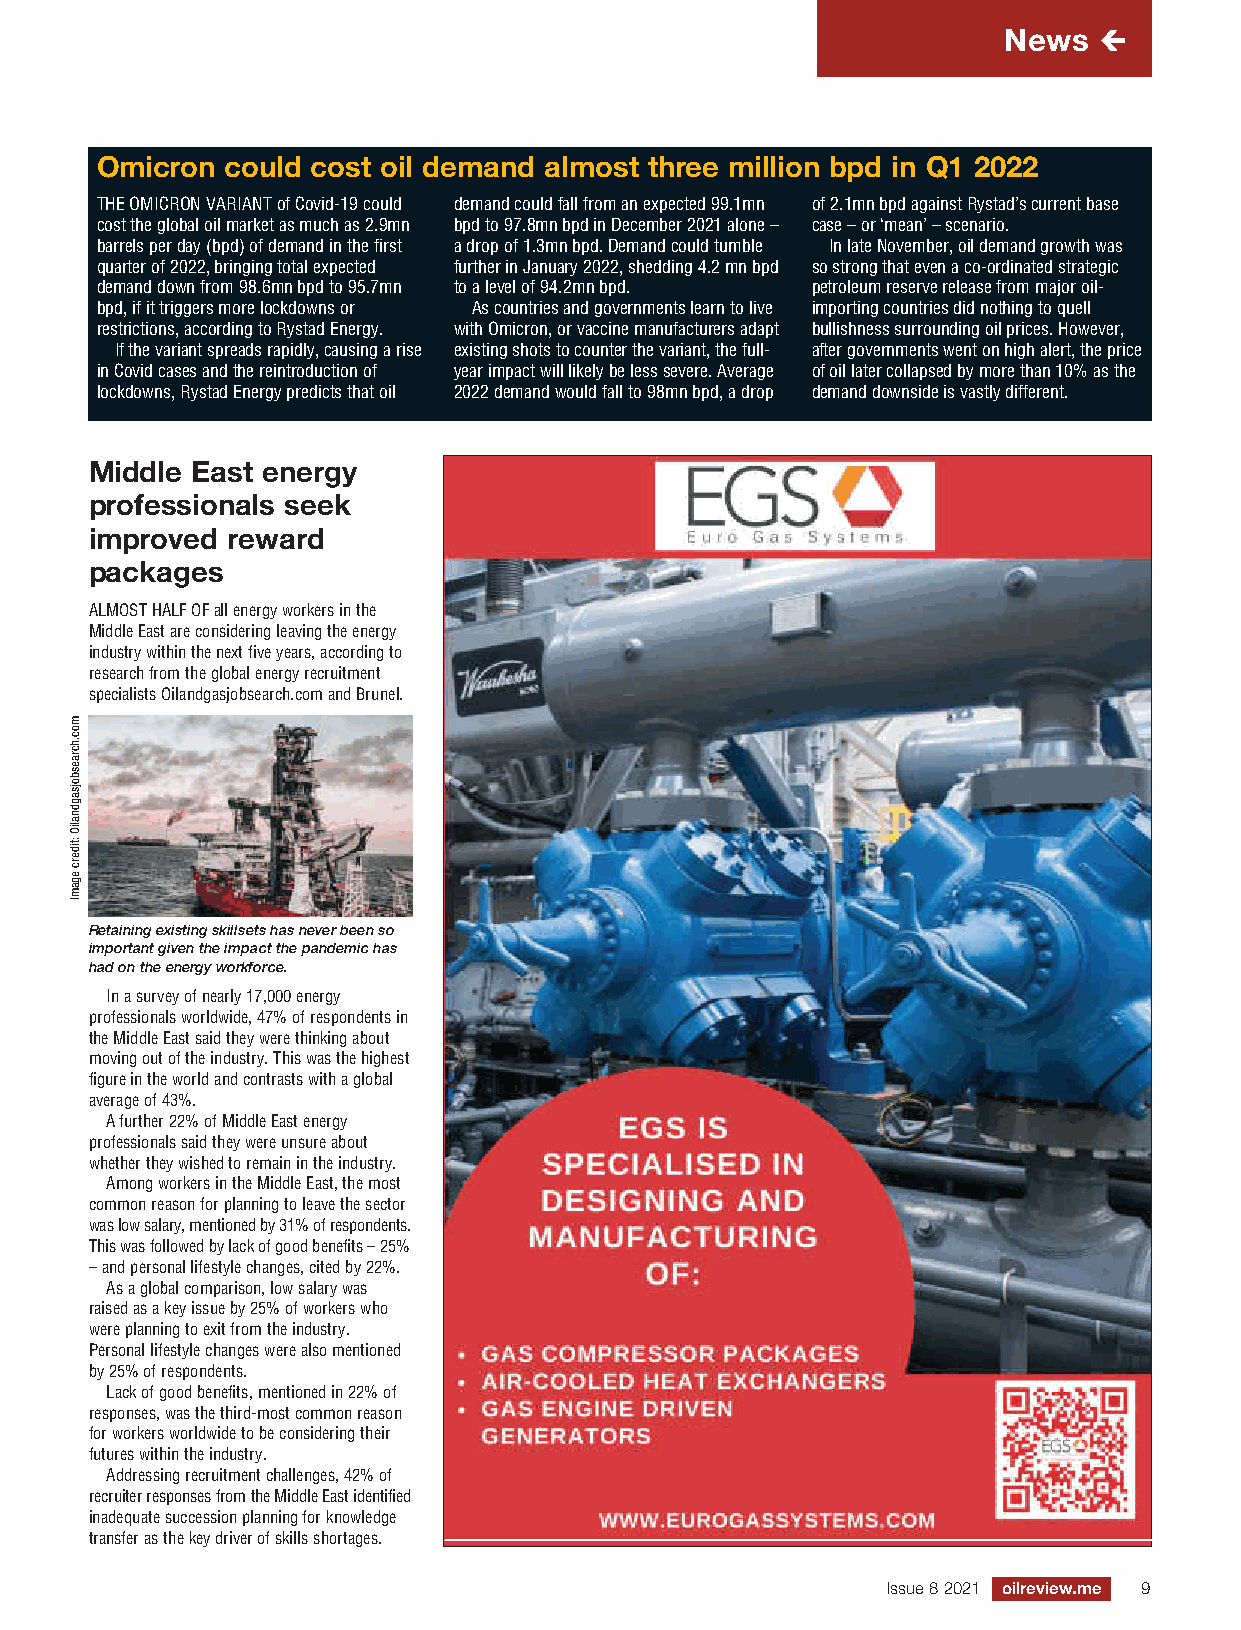
S03 ORME 8 2021 News B_Layout 1 13/12/2021 08:44 Page 9
 News   
 Omicron  could cost oil demand almost three million bpd in Q1 2022
 THE OMICRON VARIANT of Covid-19 could demand could fall from an expected 99.1mn of 2.1mn bpd against Rystad’s current base
 cost the global oil market as much as 2.9mn bpd to 97.8mn bpd in December 2021 alone – case – or ‘mean’ – scenario.
 barrels per day (bpd) of demand in the first a drop of 1.3mn bpd. Demand could tumble In late November, oil demand growth was
 quarter of 2022, bringing total expected further in January 2022, shedding 4.2 mn bpd so strong that even a co-ordinated strategic
 demand down from 98.6mn bpd to 95.7mn to a level of 94.2mn bpd. petroleum reserve release from major oil-
 bpd, if it triggers more lockdowns or As countries and governments learn to live importing countries did nothing to quell
 restrictions, according to Rystad Energy. with Omicron, or vaccine manufacturers adapt bullishness surrounding oil prices. However,
 If the variant spreads rapidly, causing a rise existing shots to counter the variant, the full- after governments went on high alert, the price
 in Covid cases and the reintroduction of year impact will likely be less severe. Average of oil later collapsed by more than 10% as the
 lockdowns, Rystad Energy predicts that oil 2022 demand would fall to 98mn bpd, a drop demand downside is vastly different.
 Middle East energy
 professionals seek
 improved reward
 xxx
 packages
 ALMOST HALF OF all energy workers in the
 Middle East are considering leaving the energy
 industry within the next five years, according to
 research from the global energy recruitment
 specialists Oilandgasjobsearch.com and Brunel.
 Retaining existing skillsets has never been so
 important given the impact the pandemic has
 had on the energy workforce.
 In a survey of nearly 17,000 energy
 professionals worldwide, 47% of respondents in
 the Middle East said they were thinking about
 moving out of the industry. This was the highest
 figure in the world and contrasts with a global
 average of 43%.
 A further 22% of Middle East energy
 professionals said they were unsure about
 whether they wished to remain in the industry.
 Among workers in the Middle East, the most
 common reason for planning to leave the sector
 was low salary, mentioned by 31% of respondents.
 This was followed by lack of good benefits – 25%
 – and personal lifestyle changes, cited by 22%.
 As a global comparison, low salary was
 raised as a key issue by 25% of workers who
 were planning to exit from the industry.
 Personal lifestyle changes were also mentioned
 by 25% of respondents.
 Lack of good benefits, mentioned in 22% of
 responses, was the third-most common reason
 for workers worldwide to be considering their
 futures within the industry.
 Addressing recruitment challenges, 42% of
 recruiter responses from the Middle East identified
 inadequate succession planning for knowledge
 transfer as the key driver of skills shortages.
 Issue 8 2021 oilreview.me 9
 moc.hcraesbojsagdnaliO
 :tiderc
 egamI